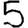
Digit: 5